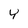
Character: Y